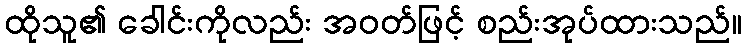
ထိုသူ၏ ခေါင်းကိုလည်း အဝတ်ဖြင့် စည်းအုပ်ထားသည်။